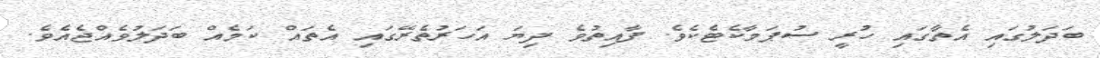
ބަދަލުގައި އެތާގައި ހުރީ ސުޕަމާކެޓެކެވެ. ފާއިތުވެ ދިޔަ އަހަރުތެރޭގައި އެތައް ކަމެއް ބަދަލުވެއްޖެއެވެ.